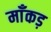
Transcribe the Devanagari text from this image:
माँकड़